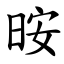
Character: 㫨